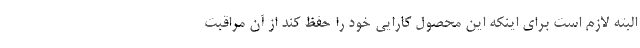
البته لازم است برای اینکه این محصول کارایی خود را حفظ کند از آن مراقبت